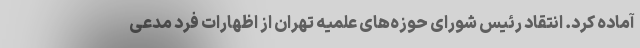
آماده کرد. انتقاد رئیس شورای حوزه‌های علمیه تهران از اظهارات فرد مدعی